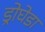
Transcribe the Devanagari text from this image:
ड्रोघेडा